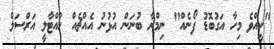
"ކީއްވެ މިހާ އަގުބޮޑު ފޯނެއް" ނިމްރާ ބުނަން އުޅުނު އެއްޗެއް ހުއްޓާލީ އަރްސަލް